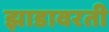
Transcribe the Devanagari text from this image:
झाडावरती